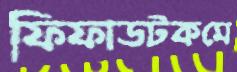
ফিফাডটকমে